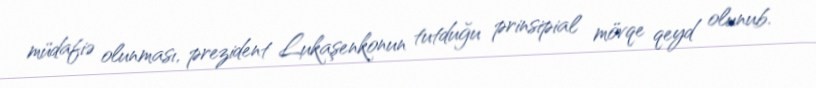
müdafiə olunması, prezident Lukaşenkonun tutduğu prinsipial mövqe qeyd olunub.